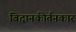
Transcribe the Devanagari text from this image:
विद्वानकीर्तनकार